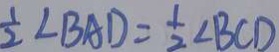
\frac { 1 } { 2 } \angle B A D = \frac { 1 } { 2 } \angle B C D